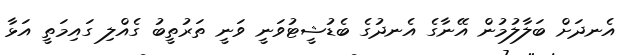
އެނދަށް ބަލާލުމުން އޭނާގެ އެނދުގެ ބެޑުޝީޓުވަނީ ވަނީ ތަރުތީބު ގެއްލި ގައިމަތީ އަޅާ